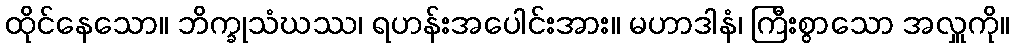
ထိုင်နေသော။ ဘိက္ခုသံဃဿ၊ ရဟန်းအပေါင်းအား။ မဟာဒါနံ၊ ကြီးစွာသော အလှူကို။